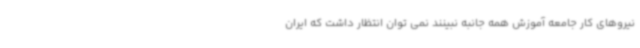
نیروهای کار جامعه آموزش همه جانبه نبینند نمی توان انتظار داشت که ایران